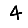
Digit: 4